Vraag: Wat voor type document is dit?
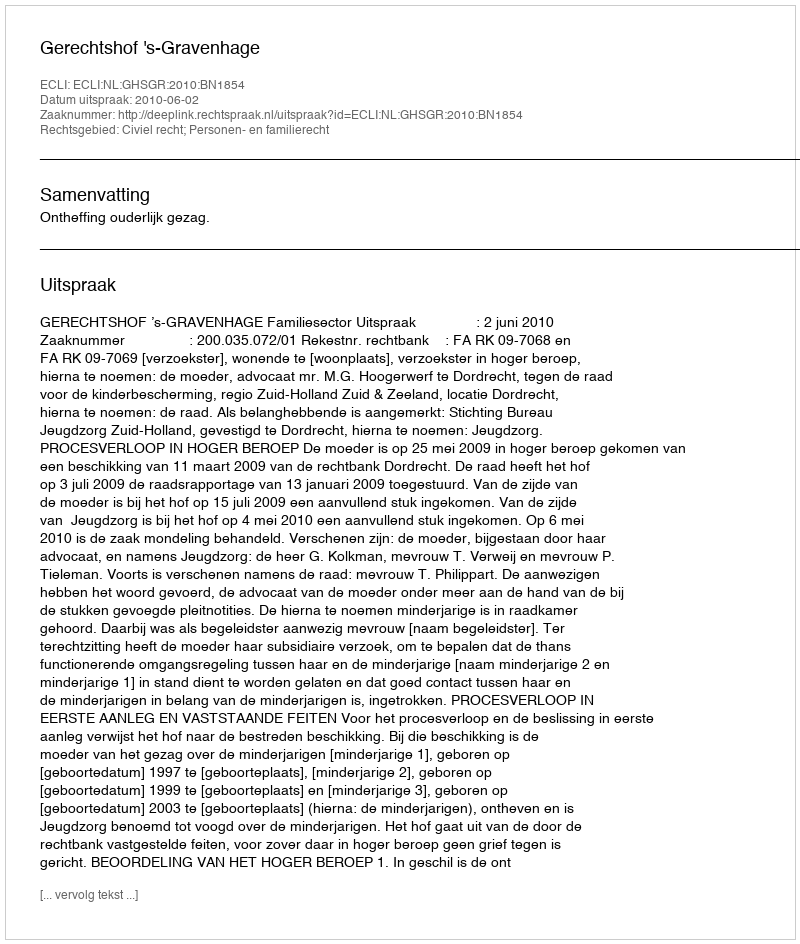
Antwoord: Uitspraak